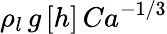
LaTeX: \rho_{l}\, g\, [h]\, Ca^{-1/3}